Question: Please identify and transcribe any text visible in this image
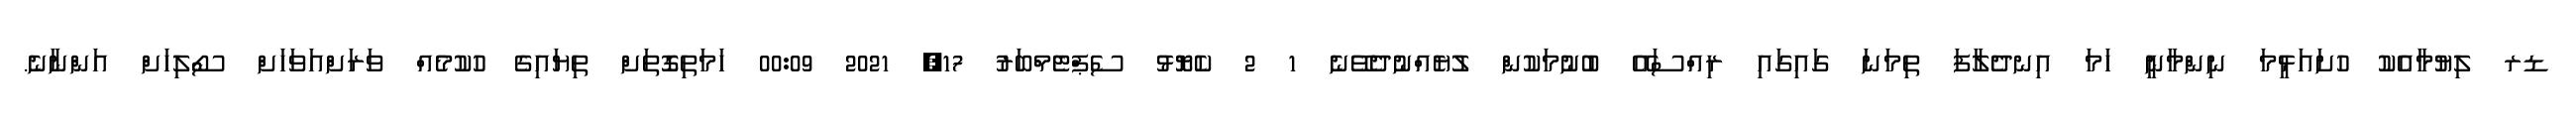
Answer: ޑރ ލިޔުމާއެކު ހުށައަޅީމަ ނިންމާނީ ހަމަ އިނދެލާފަ ތިމަނަ ގައިގައި ރިއްސައޭ ބުނުމަކުން ލުޔެއްނުދެވޭނެ 1 2 ކެޔޮޅު ސެޕްޓެމްބަރު 17, 2021 00:09 ހަމަތިގޮތަށް ތިޔައިގެ ހުކުމެއް ވަރަށްއަވަހަށް ސޯލިހަށް އަންނާނެ.